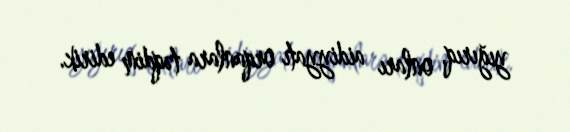
yığırıq, onları aidiyyatı orqanlara təqdim edirik.